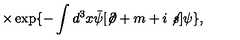
\times \exp \{ - \int d ^ { 3 } x { \bar { \psi } } [ \not \! \partial + m + i \not \! s ] \psi \} ,